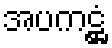
အပကဋ္ဌံ